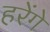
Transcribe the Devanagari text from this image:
हरेंगे